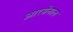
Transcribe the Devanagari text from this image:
आरसेनाल